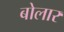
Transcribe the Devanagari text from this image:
बोलार